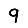
Digit: 9